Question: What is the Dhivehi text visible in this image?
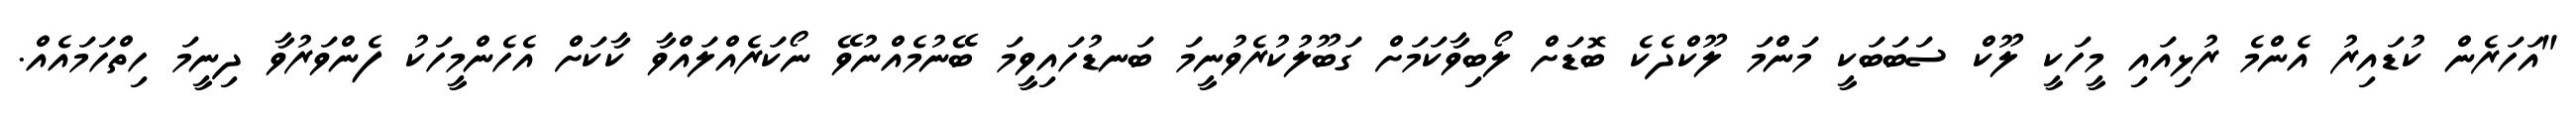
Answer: "އަހަރެން ކުޑައިރު އެންމެ ރުޅިއައި މީހަކީ ލޫކް ސަބަބަކީ މަންމަ ލޫކްދެކެ ބޮޑަށް ލޯބިވާކަމަށް ގަބޫލުކުރެވުނީމަ ބަނޑުހައިވީމަ ބޭނުމެއްނުވޭ ނޯކަރެއްލައްވާ ކާކަށް އެހެންމީހަކު ފެންވަރުވާ ދިނީމަ ހިތްހަމައެއް.